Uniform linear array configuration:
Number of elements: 48
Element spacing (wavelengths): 0.25
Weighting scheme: uniform
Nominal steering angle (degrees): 0
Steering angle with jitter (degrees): -0.517
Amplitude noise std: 0.05
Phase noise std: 0.05

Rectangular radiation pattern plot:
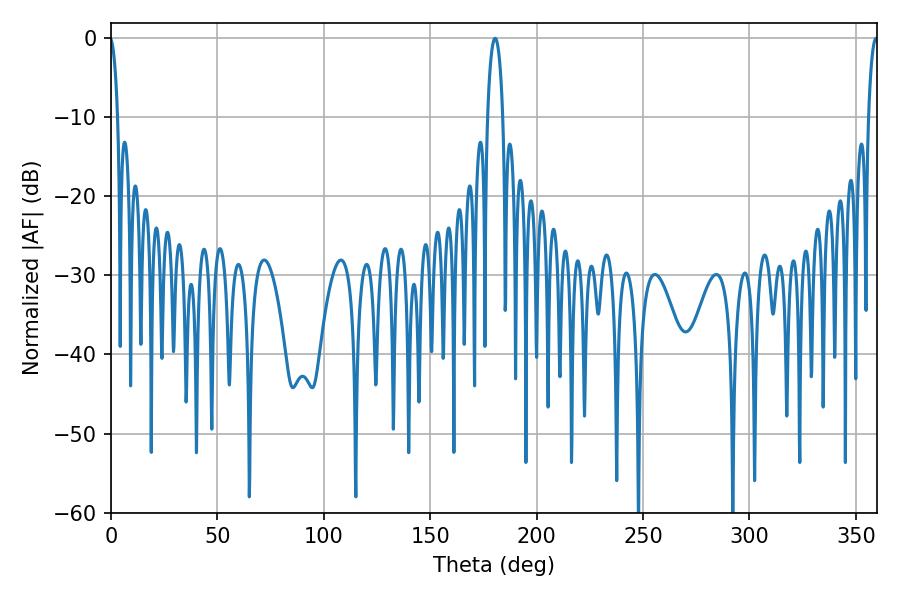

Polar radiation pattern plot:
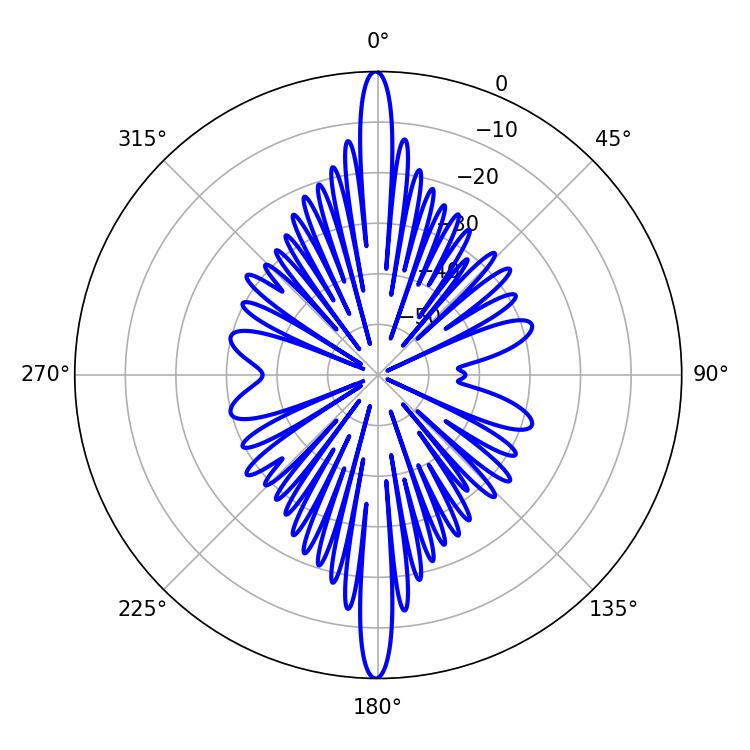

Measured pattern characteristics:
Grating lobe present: FALSE
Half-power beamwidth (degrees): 2.52
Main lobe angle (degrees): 359.46